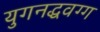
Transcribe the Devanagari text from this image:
युगनद्धवग्ग